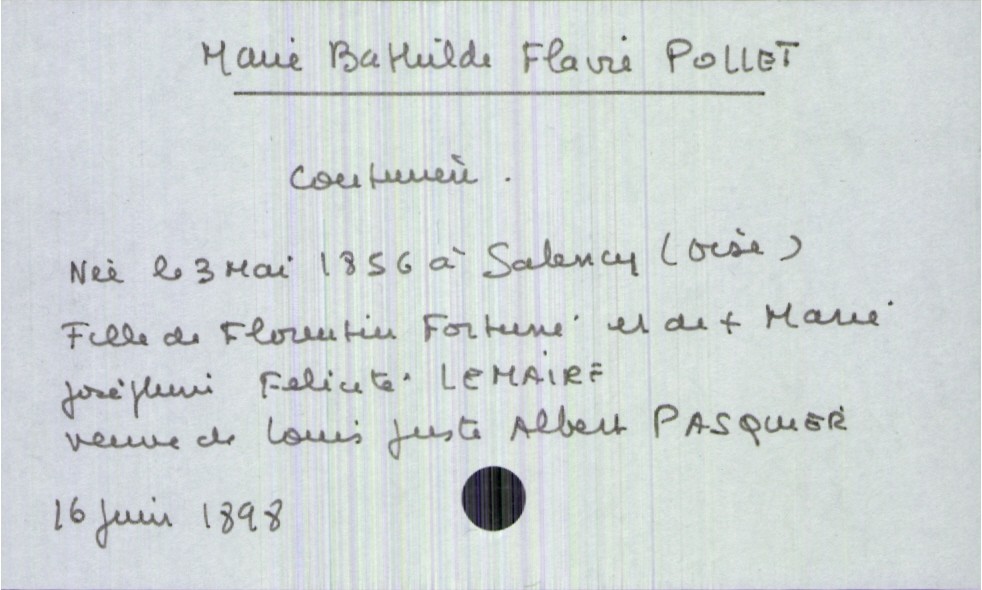
type_acte: Décès
année: 1898
mois: juin
jour: 16
défunt_nom: Pollet
défunt_prénom: Marie Bathilde Flavie
défunt_sexe: F
défunt_date_de_naissance: 3 mai 1856
défunt_lieu_de_naissance: Salency (Oise)
défunt_statut: veuf(ve)
père_défunt_nom: Pollet
père_défunt_prénom: Florentin Fortuné
mère_défunt_nom: Lemaire
mère_défunt_prénom: Marie Joséphine Felicité
mère_défunt_statut: décédée